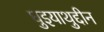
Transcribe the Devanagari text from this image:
घुइयाथुद्दीन